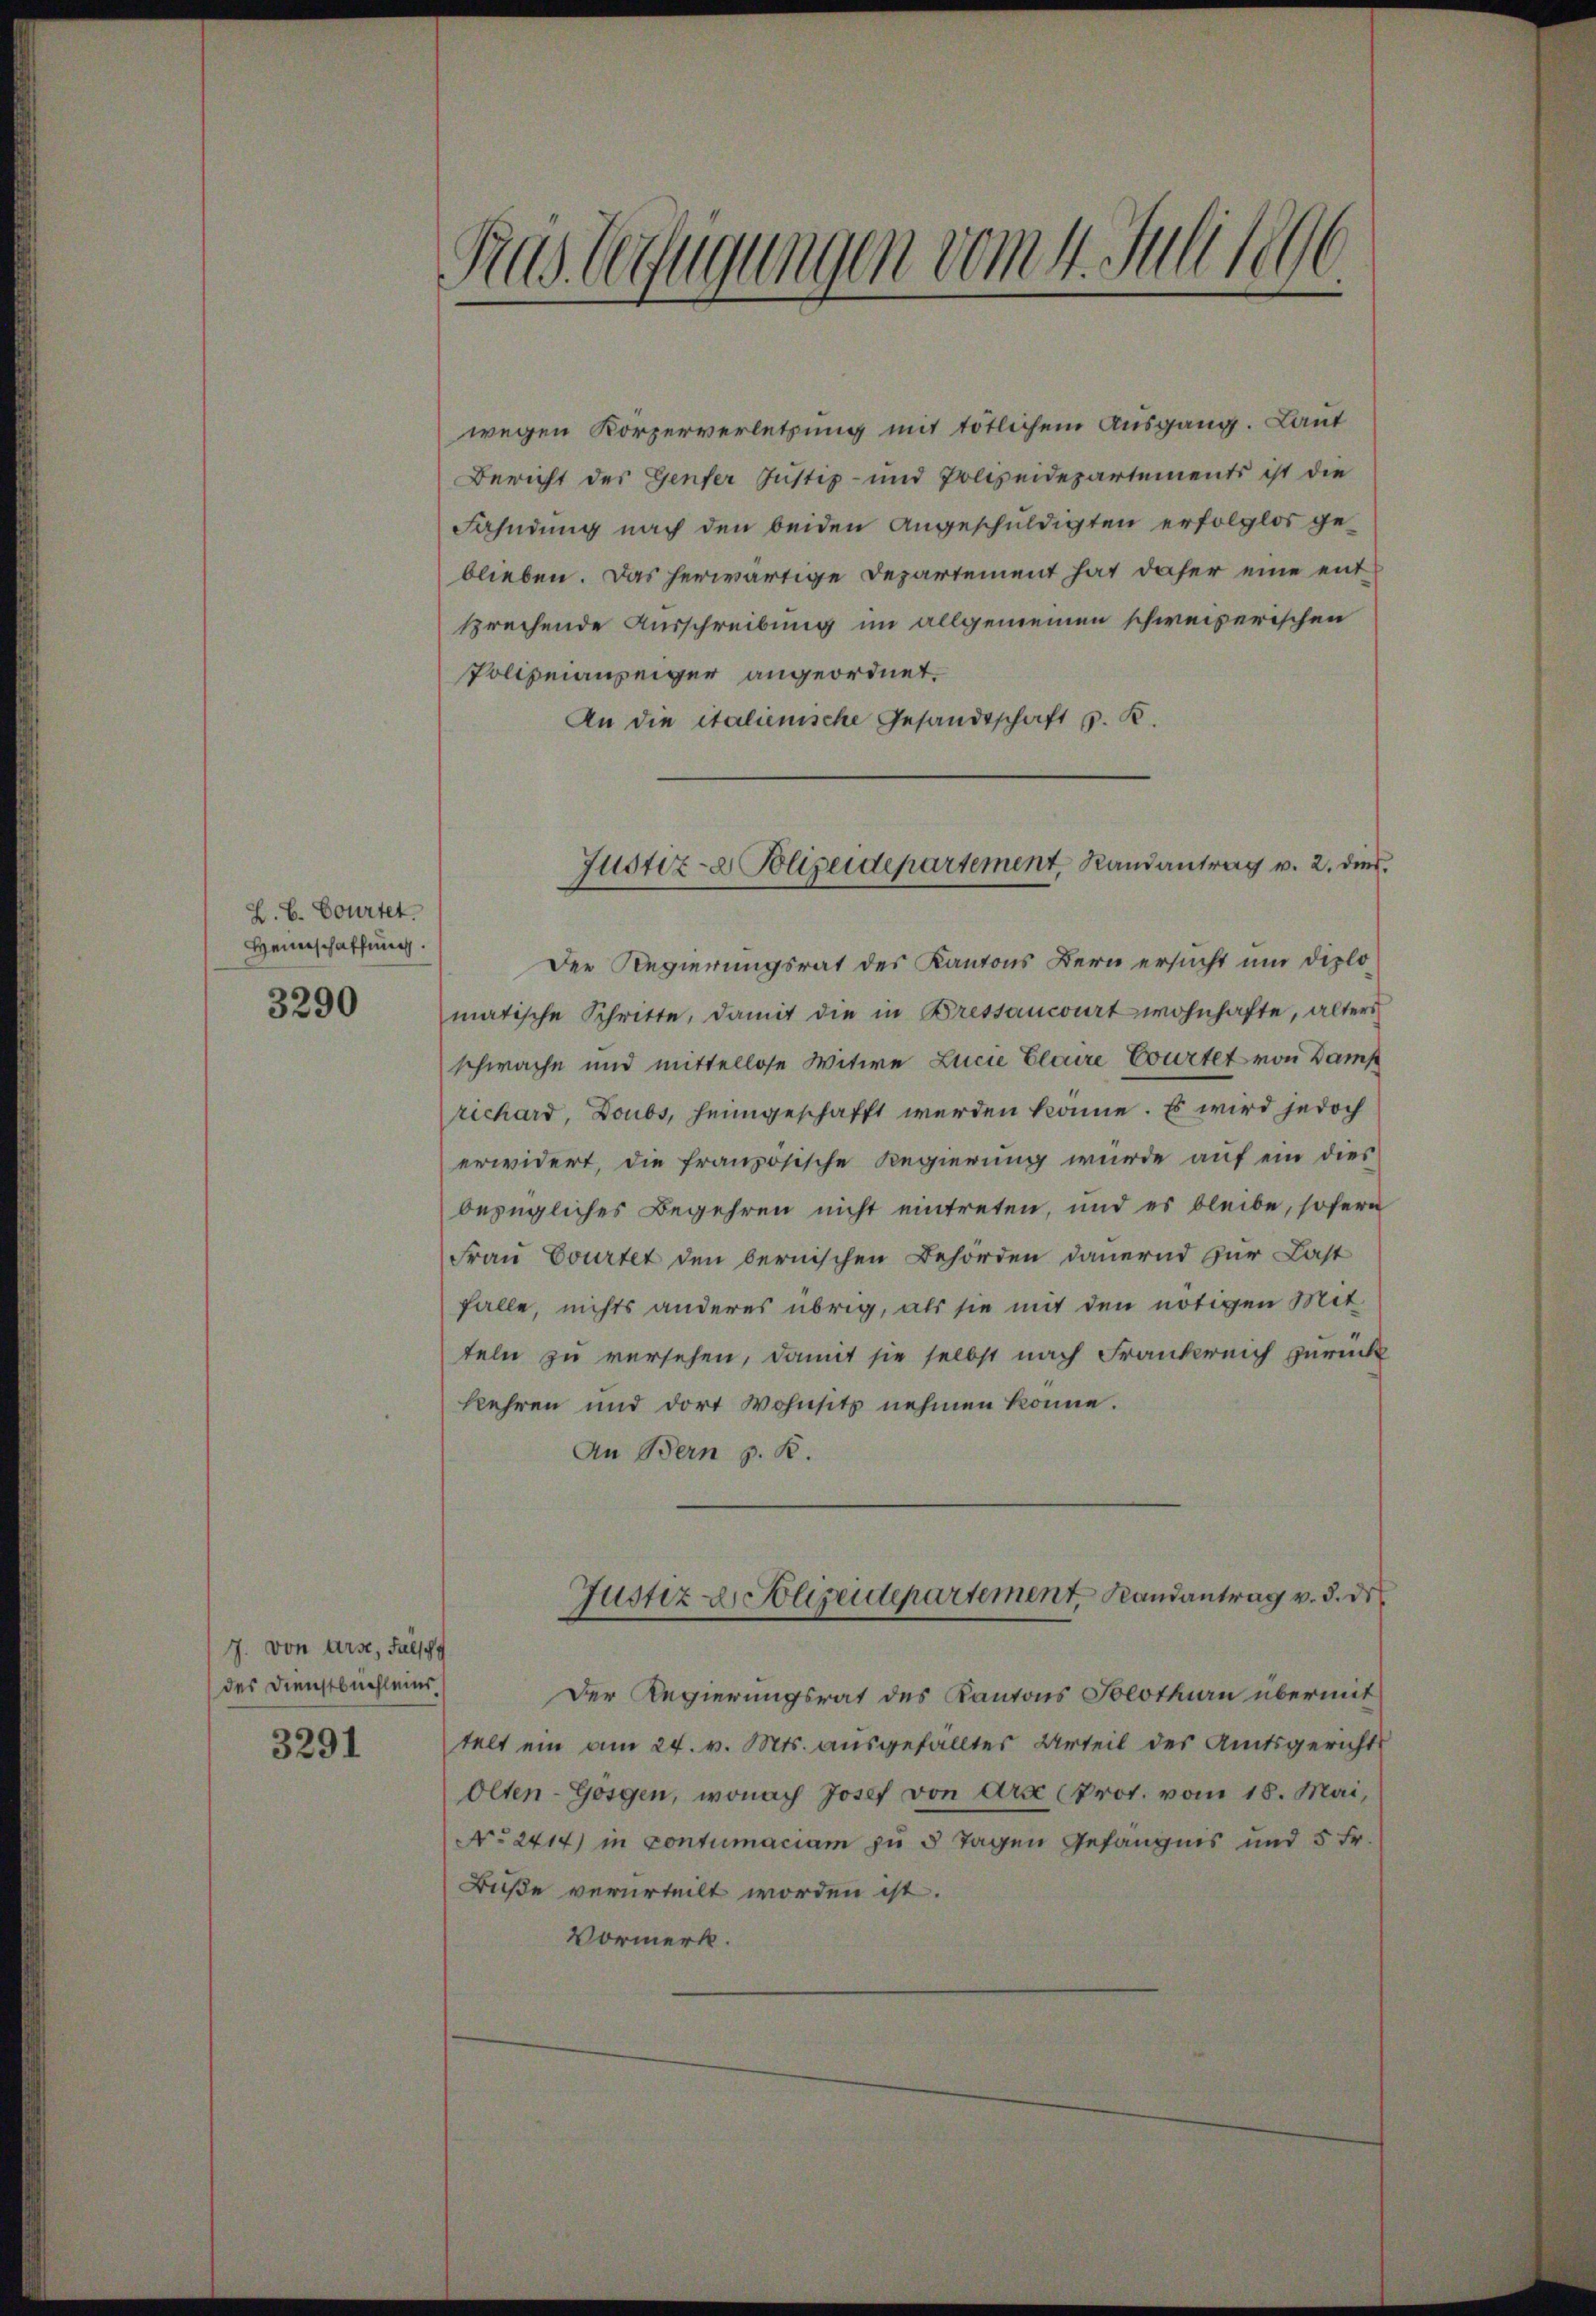
Z. B. Courtet.
Heuerschaffung.
3290

J. von Arse, Falsch
des Dienstbuchleins
3291

Ras Verfügungen vom 4. Juli 1896

wegen Körperverletzung mit tötlichem Ausgang. Laut
Bericht des Genfer Justiz- und Polizeidepartements ist die
Fahndung nach den beiden angeschuldigten erfolglos geblieben. Das herwärtige Departement hat daher eine entsprechende Ausschreibung im allgemeinen schweizerischen
Polizeanzeiger angeordnet.
An die italienische Gesandtschaft s. R.
Der Regierungsrat des Kantons Bern ersucht um diplo
matische Schritte, damit die in Bressancourt wohnhafte, alter
schwache und mittellose Witwe Lucie Claire Courtet von Damp
rechard, Doubs, heimgeschafft werden könne. Es wird jedoch
erwidert, die französische Regierung wurde auf ein dies
bezügliches Begehren nicht eintreten, und es bleibe, sofern
Frau Courtet den bernischen Behörden dauernd zur Last
falle, nichts anderes übrig, als sie mit den nötigen Mit
teln zu versehen, damit sie selbst nach Frankreich zurück
kehren und dort Wohnsitz nehmen könne.
An Bern z. B.
Justiz u. Polizeidepartement, Landantrag v. d. de
Der Regierungsrat des Kantons Solothurn übermit
telt ein am 24. v. Mts. ausgefälltes Urteil des Amtsgerichts
Olten-Gosgen, wonach Josef von Arx (Prot. vom 18. Mai,
No 2414) in Contumaciam zu 3 Tagen Gefängnis und 5 Fr.
Buße verurteilt worden ist.
Vormerk.

Justiz- & Polizeidepartement, Randantrag v. 2. dies